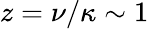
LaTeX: z=\nu/\kappa\sim 1